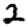
Digit: 2